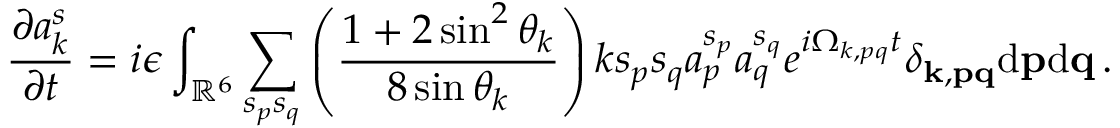
{ \frac { \partial a _ { k } ^ { s } } { \partial t } } = i \epsilon \int _ { \mathbb { R } ^ { 6 } } \sum _ { s _ { p } s _ { q } } \left( \frac { 1 + 2 \sin ^ { 2 } \theta _ { k } } { 8 \sin \theta _ { k } } \right) k s _ { p } s _ { q } a _ { p } ^ { s _ { p } } a _ { q } ^ { s _ { q } } e ^ { i \Omega _ { k , p q } t } \delta _ { { \bf k } , { \bf p } { \bf q } } \mathrm { d } { \bf p } \mathrm { d } { \bf q } \, .